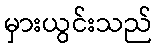
မှားယွင်းသည်